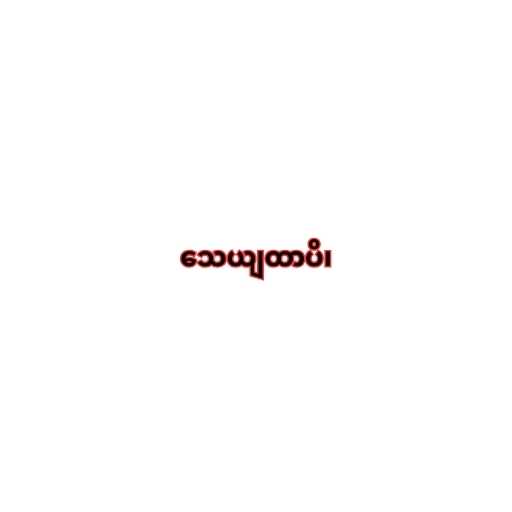
သေယျထာပိ၊